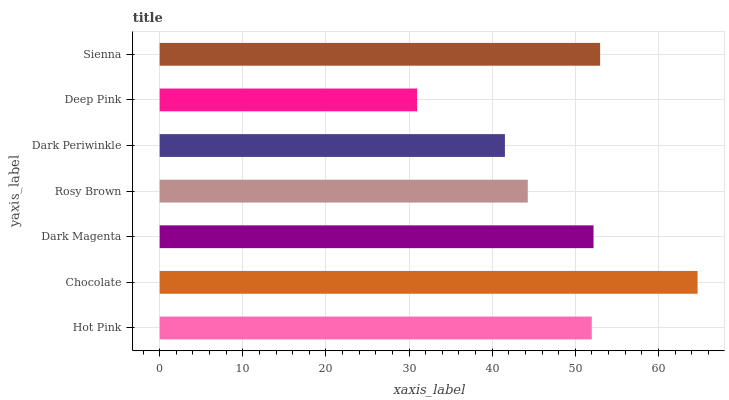
| yaxis_label | bars |
 | --- | --- |
 | Hot Pink | 52 |
 | Chocolate | 64.7 |
 | Dark Magenta | 52.2 |
 | Rosy Brown | 44.3 |
 | Dark Periwinkle | 41.5 |
 | Deep Pink | 31 |
 | Sienna | 53 |